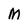
Character: M